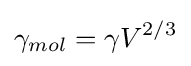
\gamma _{mol}=\gamma V^{2/3}